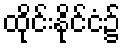
ထိုင်းနိုင်ငံ၌